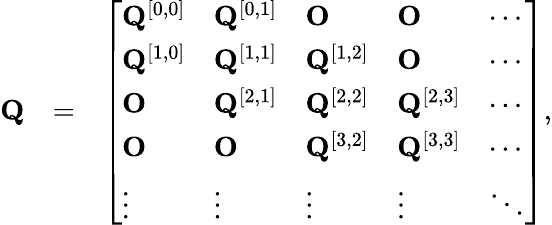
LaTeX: \begin{array}{rlr}{{\mathbf Q}}&{=}&{\left[\begin{array}{lllll}{{\mathbf Q}^{[0,0]}}&{{\mathbf Q}^{[0,1]}}&{{\mathbf O}}&{{\mathbf O}}&{\cdots}\\ {{\mathbf Q}^{[1,0]}}&{{\mathbf Q}^{[1,1]}}&{{\mathbf Q}^{[1,2]}}&{{\mathbf O}}&{\cdots}\\ {{\mathbf O}}&{{\mathbf Q}^{[2,1]}}&{{\mathbf Q}^{[2,2]}}&{{\mathbf Q}^{[2,3]}}&{\cdots}\\ {{\mathbf O}}&{{\mathbf O}}&{{\mathbf Q}^{[3,2]}}&{{\mathbf Q}^{[3,3]}}&{\cdots}\\ {\vdots}&{\vdots}&{\vdots}&{\vdots}&{\ddots}\end{array}\right],}\end{array}